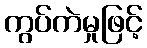
ကွပ်ကဲမှုဖြင့်